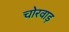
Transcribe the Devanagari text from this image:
चोरवाड़